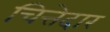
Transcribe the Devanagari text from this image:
चित्तेदार